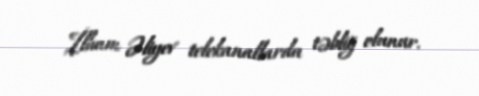
İlham Əliyev telekanallarda təbliğ olunur.